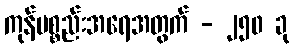
ကုန်ပစ္စည်းအရေအတွက် - ၂၅၀ ခု